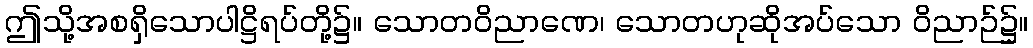
ဤသို့အစရှိသောပါဋ္ဌိရပ်တို့၌။ သောတဝိညာဏေ၊ သောတဟုဆိုအပ်သော ဝိညာဉ်၌။